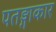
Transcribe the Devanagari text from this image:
पतङ्गाकार